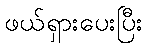
ဖယ်ရှားပေးပြီး